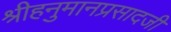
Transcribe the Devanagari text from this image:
श्रीहनुमानप्रसादजी